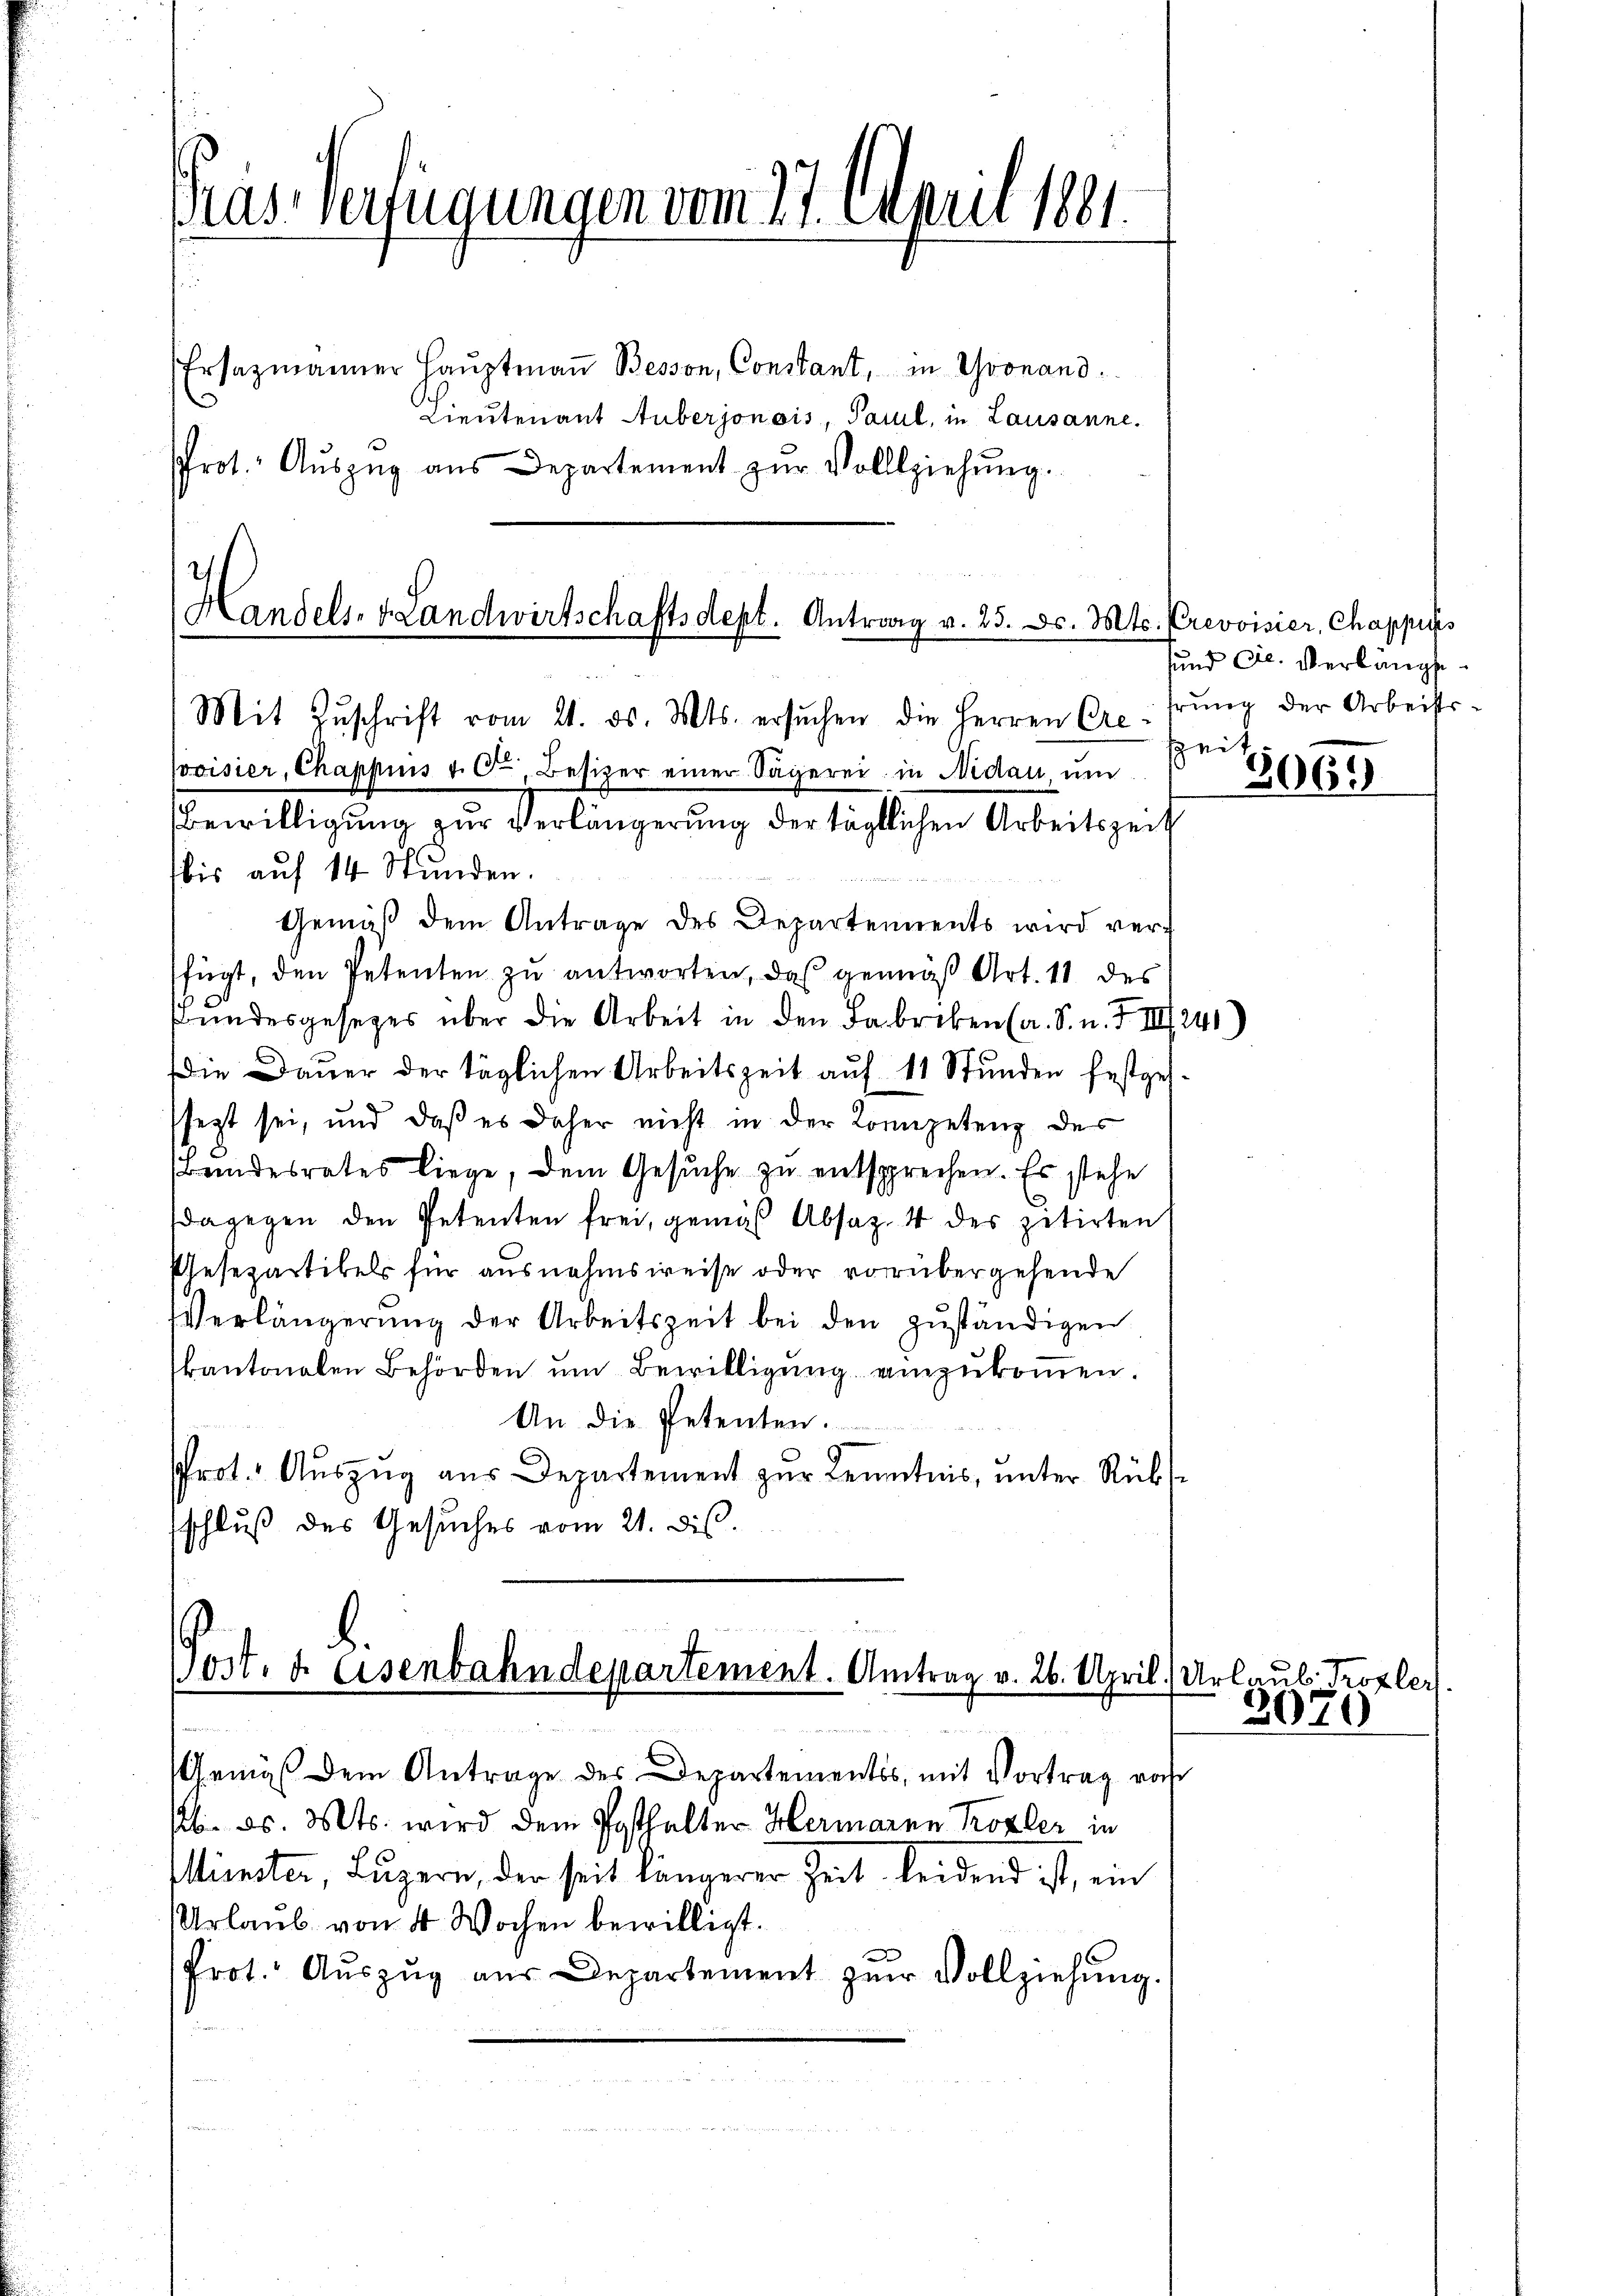
Gras verfügungen vom 27. April 1891.
Ersatzmanner Haŭptmaṅ Besson, Constant, in Gronand
Lieutenant Auberjonois, Paul, in Lausanne.

Prot. Aŭszŭg aŭs Departement zŭr Vollziehŭng.

Handels. v. Landwirtschaftsdept. Antrag v. 25. ds. Mts. Prevoisier, Chappiss
Mit Zŭschrift vom 21. ds. Mts. ersŭchen die Herren Cre¬

Jovisier, Chappins v. O., Besizer einer Sagerei in Nidau, um
Bewilligung zur Verlängerung der täglichen Arbeitszeit
bis auf 14 Stunden.
Gemäβ dem Antrage des Departements wird verfügt, den Petenten zu antworten, das gemäß Art. 11 des
Bundesgesezes über die Arbeit in den Fabriken (a. S. n. F. III 241)
Die Dauer der täglichen Arbeitszeit auf 11 Stunden festges.
sezt sei, und daß es daher nicht in der Kompetenz des
Bandesrates liege, dem Gesuche zu entsprechen. Es stehe
dagegen den Petenten frei, gemäß Absaz. 4 des zitirten
Uesepartikels für ausnahmsweise oder vorübergehende
Verlängerŭng der Arbeitszeit bei den zŭständigen
kantonalen Behörden um Bewilligung einzukommen.
An die Petenten.
Prot. Aŭszŭg aŭs Departement zŭr Kenntnis, ŭnter Rüb
sschluß des Gesuches vom 21. dis

Post. d. Eisenbahndepartement. Antrag v. 26. April) Urlaub Trozler
.

Gemäß dem Antrage des Departementes, mit Vortrag vor
. ds. Mts. wird dem Posthalter Hermaren Kofler in
Mienster, Luzern, der seit längerer Zeit leidend ist, ein
Urlaub von 4 Wochen bewilligt.
Prot. Aŭszŭg aŭs Departement zŭr Vollziehŭng.

sund Fl. Verlange
hrung der Arbeitszeit

306.

2070